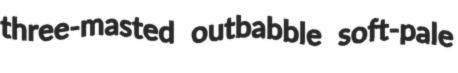
three-masted outbabble soft-pale